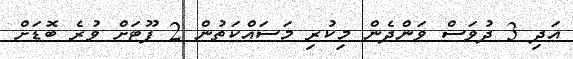
އަދި 3 ދުވަސް ވަންދެން މިކުރި މަސައްކަތުން 2 ފޫޓަށް ވުރެ ބޮޑަށް